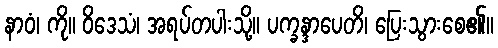
နာဝံ၊ ကို။ ဝိဒေသံ၊ အရပ်တပါးသို့။ ပက္ခန္ဒာပေတိ၊ ပြေးသွားစေ၏။